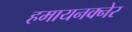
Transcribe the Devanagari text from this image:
हमायनक्नेर